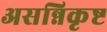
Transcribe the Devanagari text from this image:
असन्निकृष्ट